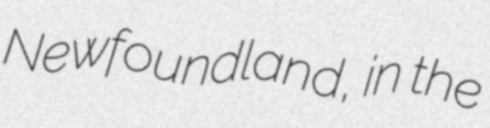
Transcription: Newfoundland, in the